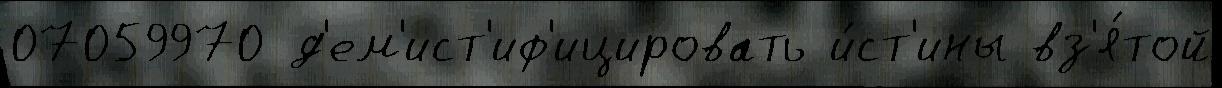
07059970 д'ем'ист'иф'ицировать и́ст'ины вз'я́той